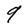
Character: q